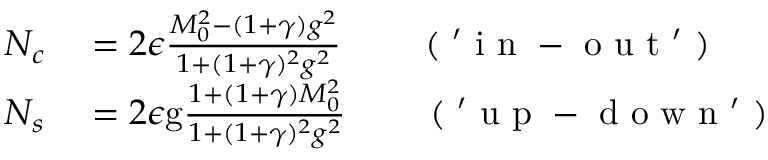
\begin{array} { r l } { N _ { c } } & { { } = 2 \epsilon \frac { M _ { 0 } ^ { 2 } - ( 1 + \gamma ) g ^ { 2 } } { 1 + ( 1 + \gamma ) ^ { 2 } g ^ { 2 } } \qquad \mathrm { ~ ( ~ ' ~ i ~ n ~ - ~ o ~ u ~ t ~ ' ~ ) ~ } } \\ { N _ { s } } & { { } = 2 \epsilon \mathrm { g } \frac { 1 + ( 1 + \gamma ) M _ { 0 } ^ { 2 } } { 1 + ( 1 + \gamma ) ^ { 2 } g ^ { 2 } } \qquad \mathrm { ~ ( ~ ' ~ u ~ p ~ - ~ d ~ o ~ w ~ n ~ ' ~ ) ~ } } \end{array}